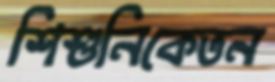
শিশুনিকেতন